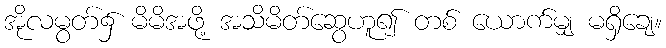
အိုလမွတ်၌ မိမိအဖို့ အသိမိတ်ဆွေဟူ၍ တစ် ယောက်မျှ မရှိချေ။